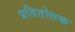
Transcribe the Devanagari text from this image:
प्रतितोलक